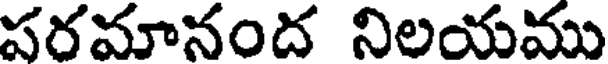
పరమానంద నిలయము